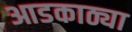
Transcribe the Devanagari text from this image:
आडकाठ्या